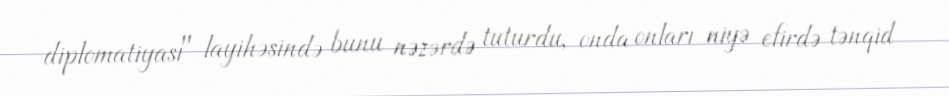
diplomatiyası" layihəsində bunu nəzərdə tuturdu, onda onları niyə efirdə tənqid